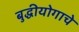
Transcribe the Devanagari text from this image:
बुद्धीयोगाचे